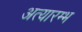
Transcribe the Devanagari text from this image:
अत्यारम्भ